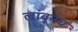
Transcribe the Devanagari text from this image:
लांबूनच